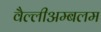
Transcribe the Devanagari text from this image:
वैल्लीअम्बलम